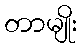
တာမျိုး